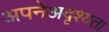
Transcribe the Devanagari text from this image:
अपनेअदृश्यता